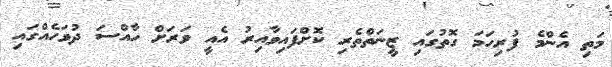
މަތި އެންމެ ފުރިހަމަ ގޮތުގައި ޒީނަތްތެރި ކޮށްފައިވާއިރު އެއީ ވަރަށް ހާއްސަ ދުވަހެއްގައި